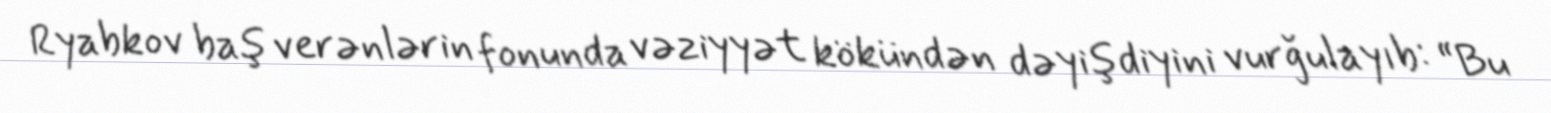
Ryabkov baş verənlərin fonunda vəziyyət kökündən dəyişdiyini vurğulayıb: “Bu